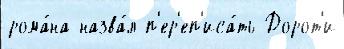
рома́на назва́л п'ер'еп'иса́ть Дорот'и